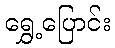
ရွှေ့ပြောင်း